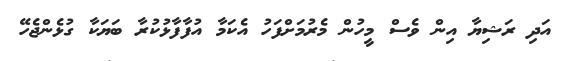
އަދި ރަޝިޔާ އިން ވެސް މީހުން މެރުމަށްފަހު އެކަމާ އުފާފާޅުކުރާ ބަޔަކާ ގުޅެންޖެހޭ